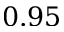
0 . 9 5